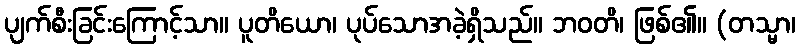
ပျက်စီးခြင်းကြောင့်သာ။ ပူတိယော၊ ပုပ်သောအခဲ့ရှိသည်။ ဘဝတိ၊ ဖြစ်၏။ (တသ္မာ၊